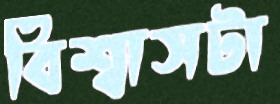
বিশ্বাসটা